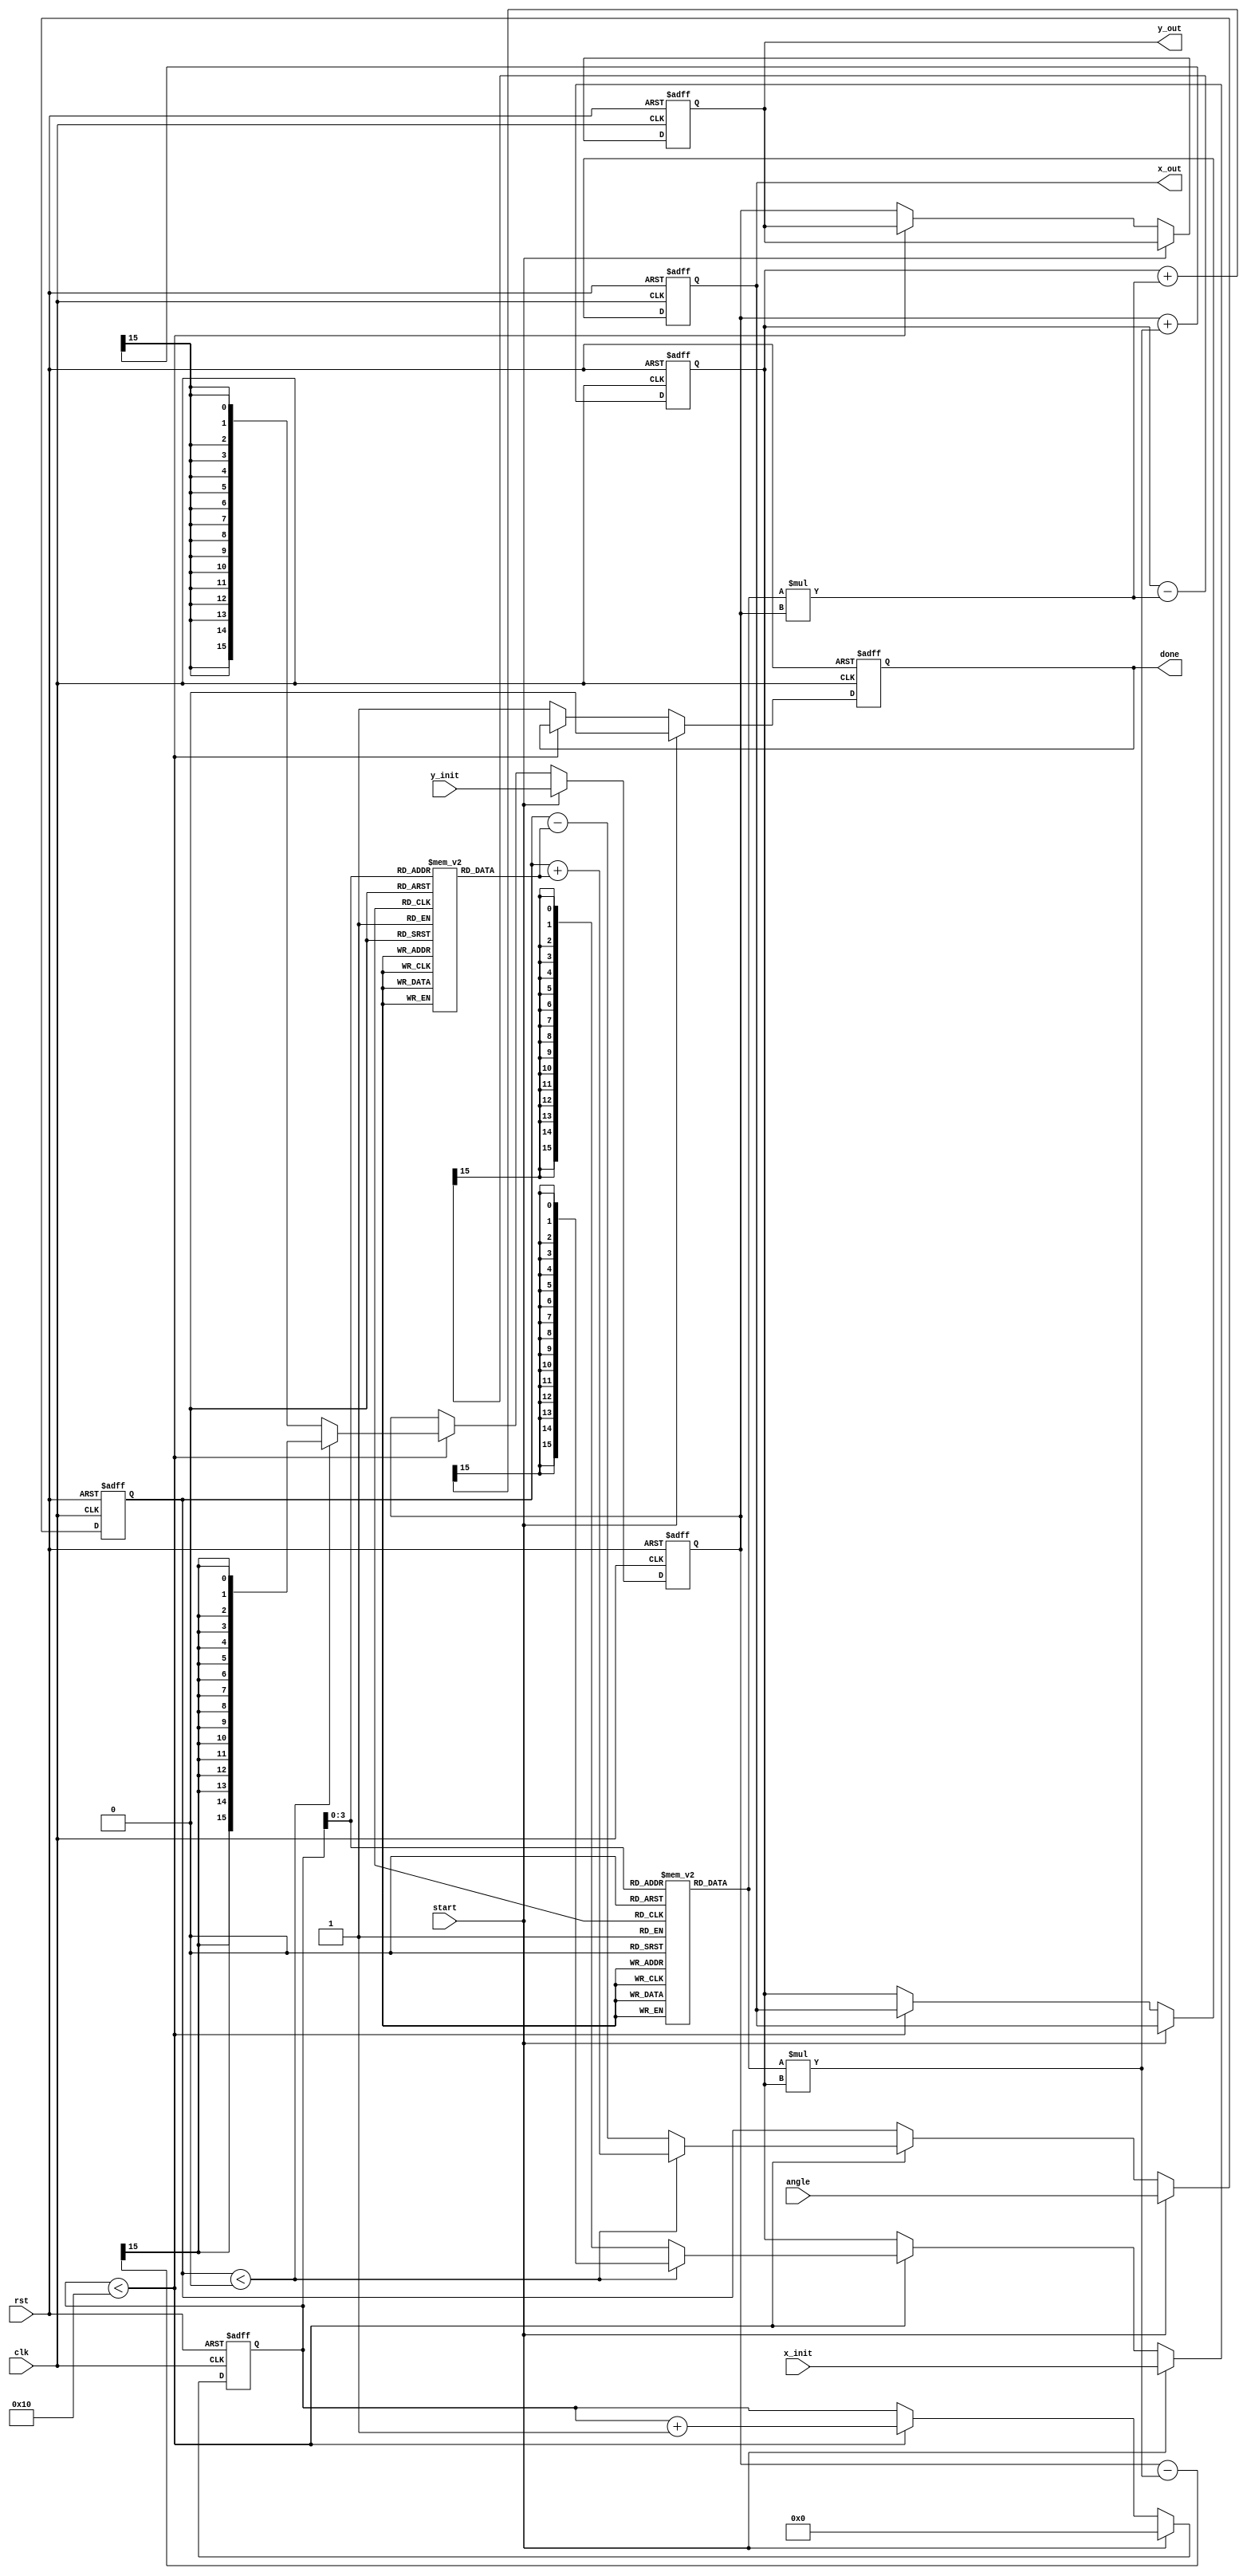
module cordic_rotational #(parameter WIDTH = 16, // Word length for fixed-point representation
                            parameter ITERATIONS = 16) // Number of CORDIC iterations
                           (input clk,
                            input rst,
                            input start,
                            input signed [WIDTH-1:0] angle, // Input angle (in radians)
                            input signed [WIDTH-1:0] x_init, // Initial x-coordinate
                            input signed [WIDTH-1:0] y_init, // Initial y-coordinate
                            output reg signed [WIDTH-1:0] x_out, // Output x-coordinate
                            output reg signed [WIDTH-1:0] y_out, // Output y-coordinate
                            output reg done); // Operation completion flag

    // Constants and angles in Q format
    reg signed [WIDTH-1:0] atan_table [0:ITERATIONS-1]; // Lookup table for atan values
    reg signed [WIDTH-1:0] K [0:ITERATIONS-1]; // Scaling factors

    // Initialization of atan_table and K values
    initial begin
        // Pre-calculated atan(2^-i) values (in Q format)
        // These need to be calculated based on the fixed-point representation
        atan_table[0] = 16'h32C8; // atan(1) -> approximately 0.7854 in Q15 format
        atan_table[1] = 16'h19C2; // atan(0.5) -> approximately 0.4636 in Q15 format
        atan_table[2] = 16'h0CA3; // atan(0.25) -> approximately 0.2449 in Q15 format
        // Continue initializing the lookup table...

        // Initialize scaling factors (K values)
        K[0] = 16'h1;   // K0
        K[1] = 16'hB505; // K1 (approx 0.607)
        K[2] = 16'h8C89; // K2 (approx 0.541)
        // Continue initializing K values...
    end

    // Iteration and state control
    reg [4:0] count; // Iteration counter
    reg signed [WIDTH-1:0] x, y; // Current x, y coordinates
    reg signed [WIDTH-1:0] angle_val; // Current angle

    always @(posedge clk or posedge rst) begin
        if (rst) begin
            x <= 0;
            y <= 0;
            x_out <= 0;
            y_out <= 0;
            angle_val <= 0;
            count <= 0;
            done <= 0;
        end
        else if (start) begin
            // Load initial values
            x <= x_init;
            y <= y_init;
            angle_val <= angle;
            count <= 0;
            done <= 0;
        end
        else if (count < ITERATIONS) begin
            // CORDIC Iterative Rotation
            if (angle_val < 0) begin // Counter-clockwise rotation
                angle_val <= angle_val + atan_table[count];
                x <= x + (K[count] * y) >>> 15; // Scale and apply rotation
                y <= y - (K[count] * x) >>> 15; 
            end
            else begin // Clockwise rotation
                angle_val <= angle_val - atan_table[count];
                x <= x - (K[count] * y) >>> 15; // Scale and apply rotation
                y <= y + (K[count] * x) >>> 15; 
            end
            count <= count + 1; // Increment iteration counter
        end
        else begin
            // Output final values
            x_out <= x;
            y_out <= y;
            done <= 1; // Signal completion
        end
    end
endmodule